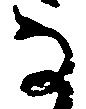
な